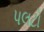
પલટો